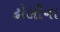
ઢોલીના